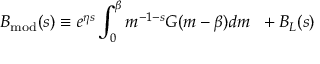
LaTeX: B _ { \mathrm { m o d } } ( s ) \equiv e ^ { \eta s } \int _ { 0 } ^ { \beta } m ^ { - 1 - s } G ( m - \beta ) d m \; \; + B _ { L } ( s )